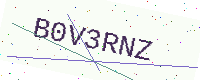
Text: B0V3RNZ